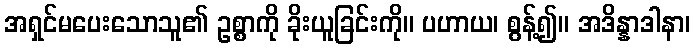
အရှင်မပေးသောသူ၏ ဥစ္စာကို ခိုးယူခြင်းကို။ ပဟာယ၊ စွန့်၍။ အဒိန္နာဒါနာ၊